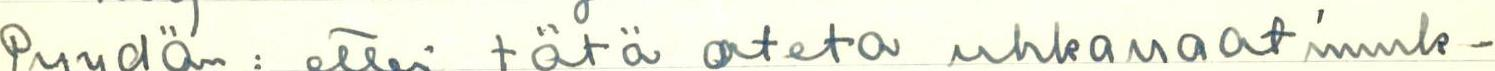
Pyydän: ettei tätä oleta uhkavaatimuk-